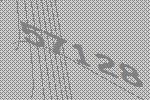
57128